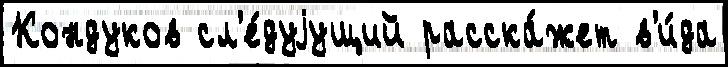
Кондуков сл'е́дуjущий расска́жет в'и́да